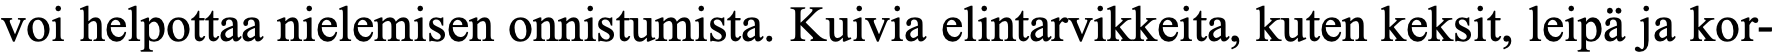
voi helpottaa nielemisen onnistumista. Kuivia elintarvikkeita, kuten keksit, leipä ja kor-